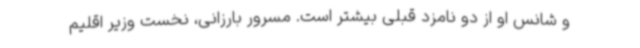
و شانس او از دو نامزد قبلی بیشتر است. مسرور بارزانی، نخست وزیر اقلیم